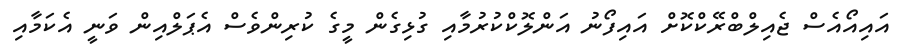
އައިއޯއެސް ޖެއިލްބްރޭކްކޮށް އައިފޯނު އަންލޮކްކުރުމާއި ގުޅިގެން މީގެ ކުރިންވެސް އެޕަލްއިން ވަނީ އެކަމާއި